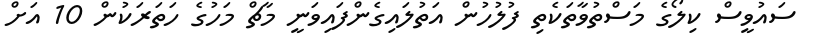
ސައުވީސް ކިލޯގެ މަސްތުވާތަކެތި ފުލުހުން އަތުލައިގެންފައިވަނީ މާޗް މަހުގެ ހަތަރަކުން 10 އަށް